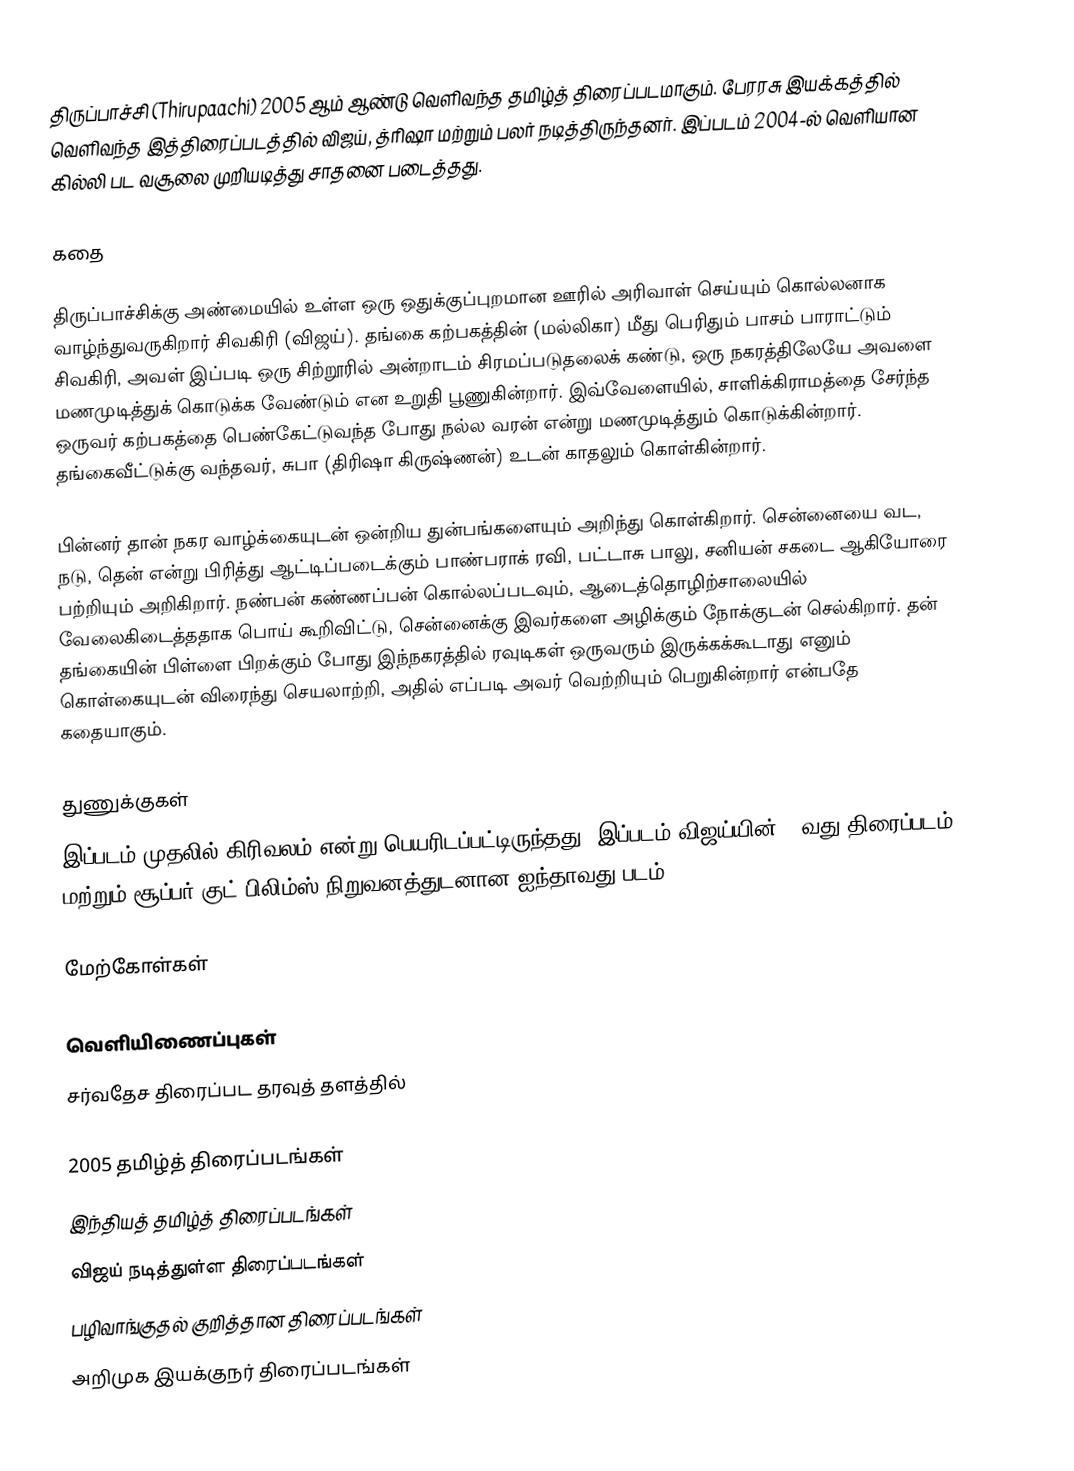
திருப்பாச்சி (Thirupaachi) 2005 ஆம் ஆண்டு வெளிவந்த தமிழ்த் திரைப்படமாகும். பேரரசு இயக்கத்தில் வெளிவந்த இத்திரைப்படத்தில் விஜய், த்ரிஷா மற்றும் பலர் நடித்திருந்தனர். இப்படம் 2004-ல் வெளியான கில்லி பட வசூலை முறியடித்து சாதனை படைத்தது.

கதை

திருப்பாச்சிக்கு அண்மையில் உள்ள ஒரு ஒதுக்குப்புறமான ஊரில் அரிவாள் செய்யும் கொல்லனாக வாழ்ந்துவருகிறார் சிவகிரி (விஜய்). தங்கை கற்பகத்தின் (மல்லிகா) மீது பெரிதும் பாசம் பாராட்டும் சிவகிரி, அவள் இப்படி ஒரு சிற்றூரில் அன்றாடம் சிரமப்படுதலைக் கண்டு, ஒரு நகரத்திலேயே அவளை மணமுடித்துக் கொடுக்க வேண்டும் என உறுதி பூணுகின்றார். இவ்வேளையில், சாளிக்கிராமத்தை சேர்ந்த ஒருவர் கற்பகத்தை பெண்கேட்டுவந்த போது நல்ல வரன் என்று மணமுடித்தும் கொடுக்கின்றார். தங்கைவீட்டுக்கு வந்தவர், சுபா (திரிஷா கிருஷ்ணன்) உடன் காதலும் கொள்கின்றார்.

பின்னர் தான் நகர வாழ்க்கையுடன் ஒன்றிய துன்பங்களையும் அறிந்து கொள்கிறார். சென்னையை வட, நடு, தென் என்று பிரித்து ஆட்டிப்படைக்கும் பாண்பராக் ரவி, பட்டாசு பாலு, சனியன் சகடை ஆகியோரை பற்றியும் அறிகிறார். நண்பன் கண்ணப்பன் கொல்லப்படவும், ஆடைத்தொழிற்சாலையில் வேலைகிடைத்ததாக பொய் கூறிவிட்டு, சென்னைக்கு இவர்களை அழிக்கும் நோக்குடன் செல்கிறார். தன் தங்கையின் பிள்ளை பிறக்கும் போது இந்நகரத்தில் ரவுடிகள் ஒருவரும் இருக்கக்கூடாது எனும் கொள்கையுடன் விரைந்து செயலாற்றி, அதில் எப்படி அவர் வெற்றியும் பெறுகின்றார் என்பதே கதையாகும்.

துணுக்குகள்
இப்படம் முதலில் கிரிவலம் என்று பெயரிடப்பட்டிருந்தது. இப்படம் விஜய்யின் 40வது திரைப்படம் மற்றும் சூப்பர் குட் பிலிம்ஸ் நிறுவனத்துடனான ஐந்தாவது படம்.

மேற்கோள்கள்

வெளியிணைப்புகள்
சர்வதேச திரைப்பட தரவுத் தளத்தில்

2005 தமிழ்த் திரைப்படங்கள்
இந்தியத் தமிழ்த் திரைப்படங்கள்
விஜய் நடித்துள்ள திரைப்படங்கள்
பழிவாங்குதல் குறித்தான திரைப்படங்கள்
அறிமுக இயக்குநர் திரைப்படங்கள்